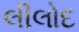
લીલોદ